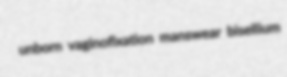
unborn vaginofixation manswear bisellium